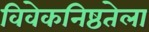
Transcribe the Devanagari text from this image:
विवेकनिष्ठतेला